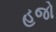
હજો